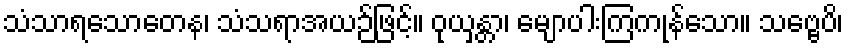
သံသာရသောတေန၊ သံသရာအယဉ်ဖြင့်။ ဝုယှန္တာ၊ မျောပါးကြကုန်သော။ သဗ္ဗေပိ၊